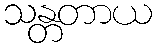
သန္တတာယ